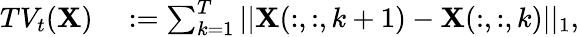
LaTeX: \begin{array}{rl}{TV_{t}(\mathbf{X})}&{{}:=\sum_{k=1}^{T}||\mathbf{X}(:,:,k+1)-\mathbf{X}(:,:,k)||_{1},}\end{array}